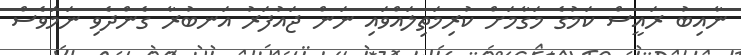
ނާއިބު ރައީސް ކަމުގެ މަގާމަށް ކުރިމަތިލައްވައި ނަން ޖައުފަރު އަނބުރާ ގެންދެވި ނަމަވެސް